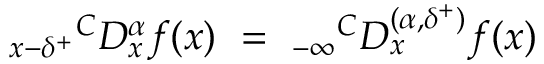
{ } _ { x - \delta ^ { + } } { } ^ { C } D _ { x } ^ { \alpha } f ( x ) ~ = ~ { } _ { - \infty } { } ^ { C } D _ { x } ^ { ( \alpha , { \delta ^ { + } } ) } f ( x )